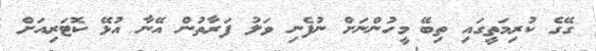
ގޭގެ ކުރިމަތީގައި ތިބޭ މީހުންނަށް ނުފެނި ވަލު ފަރާތުން އޭނާ އުޅޭ ކޮޓަރިއަށް